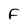
Character: F